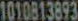
1010813893